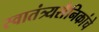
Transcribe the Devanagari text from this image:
स्वातंत्र्यसैनिकांचे